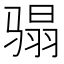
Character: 𩨌